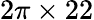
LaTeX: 2\pi\times 22